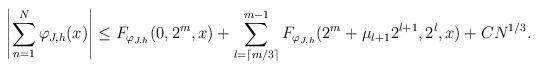
LaTeX: \begin{align*} \left|\sum_{n=1}^N\varphi_{J,h}(x)\right|\leq F_{\varphi_{J,h}}(0,2^m,x)+\sum_{l=\lceil m/3\rceil}^{m-1} F_{\varphi_{J,h}}(2^m+\mu_{l+1}2^{l+1},2^l,x)+CN^{1/3}.\end{align*}